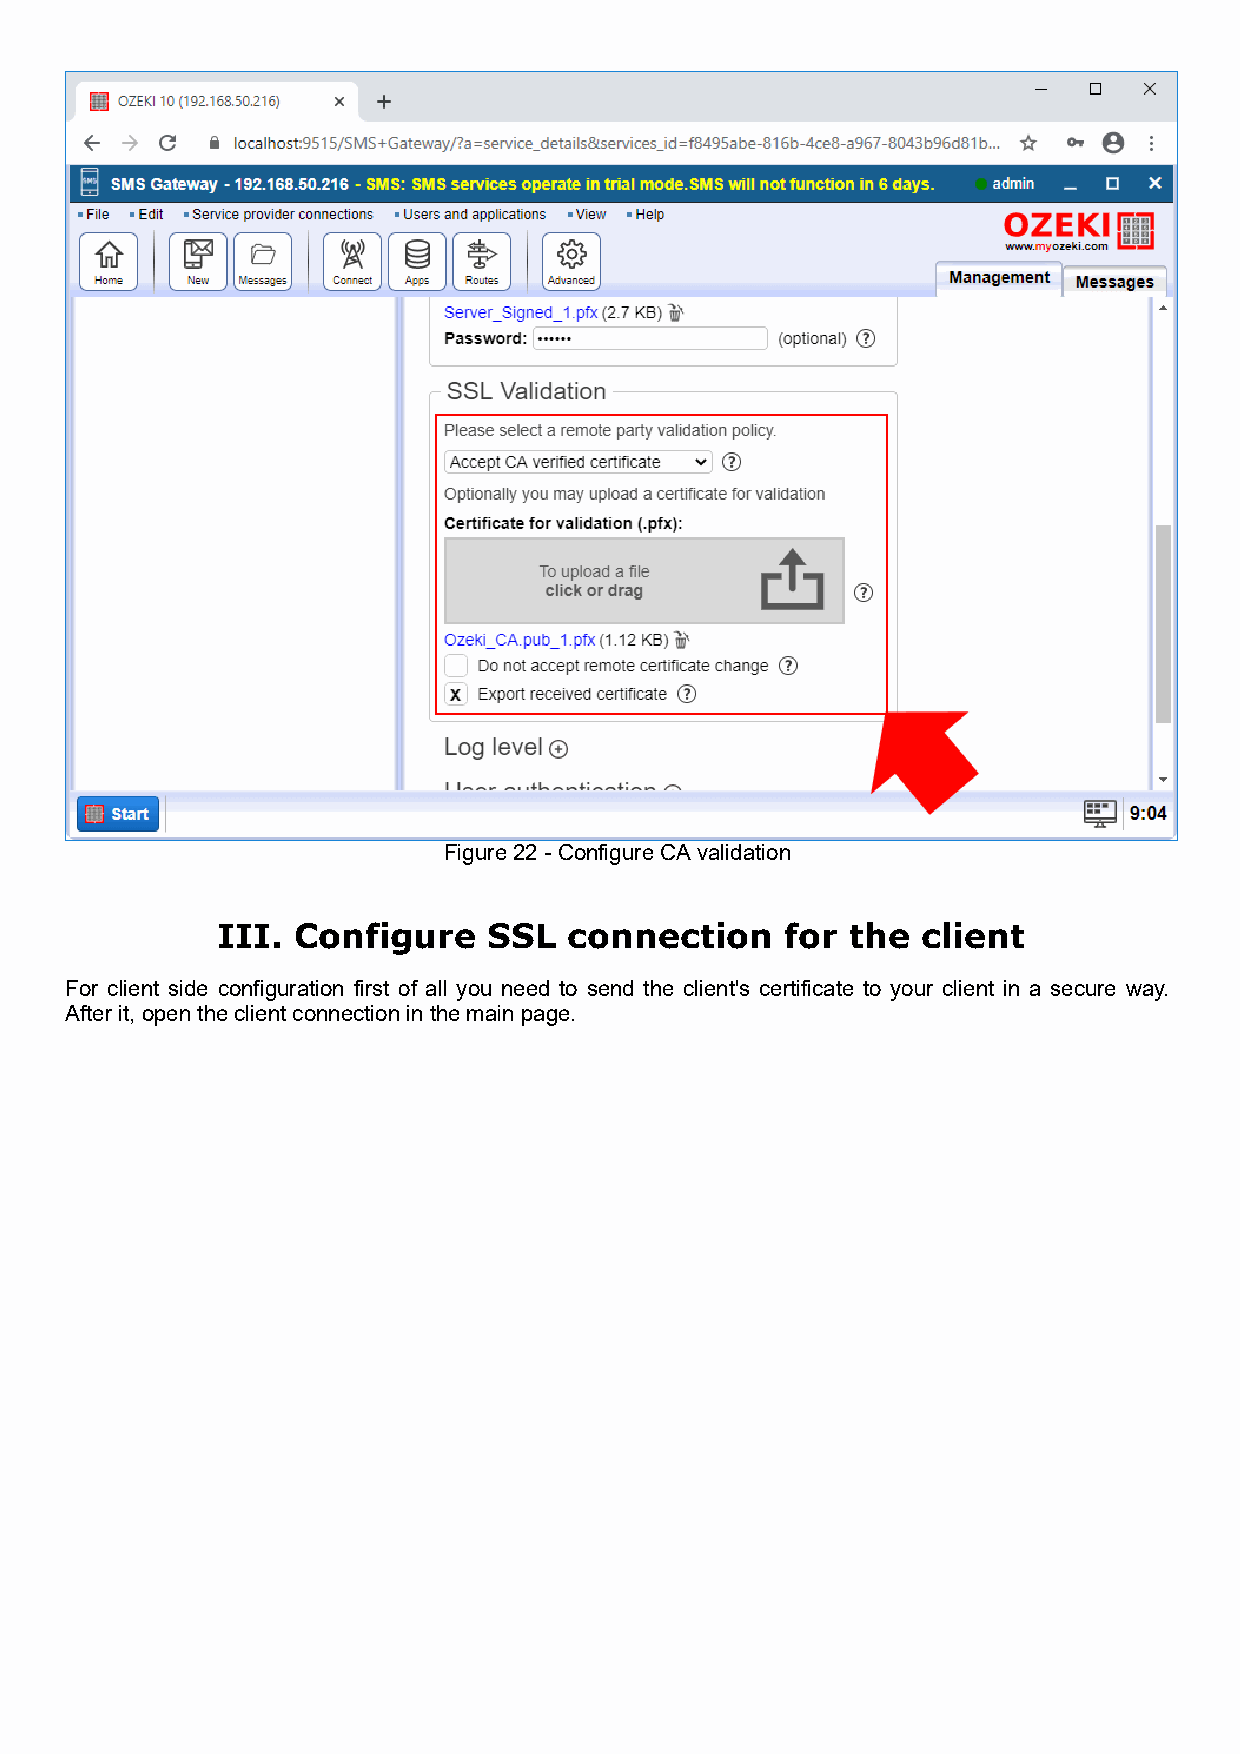
Figure 22 - Configure CA validation
 III.  Configure   SSL   connection    for the  client
 For client side configuration first of all you need to send the client's certificate to your client in a secure way.
 After it, open the client connection in the main page.